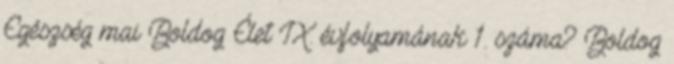
Egészség mai Boldog Élet IX. évfolyamának 1. száma? Boldog